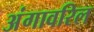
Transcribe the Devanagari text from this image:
अंगावरिल